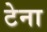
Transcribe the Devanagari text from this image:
टेना